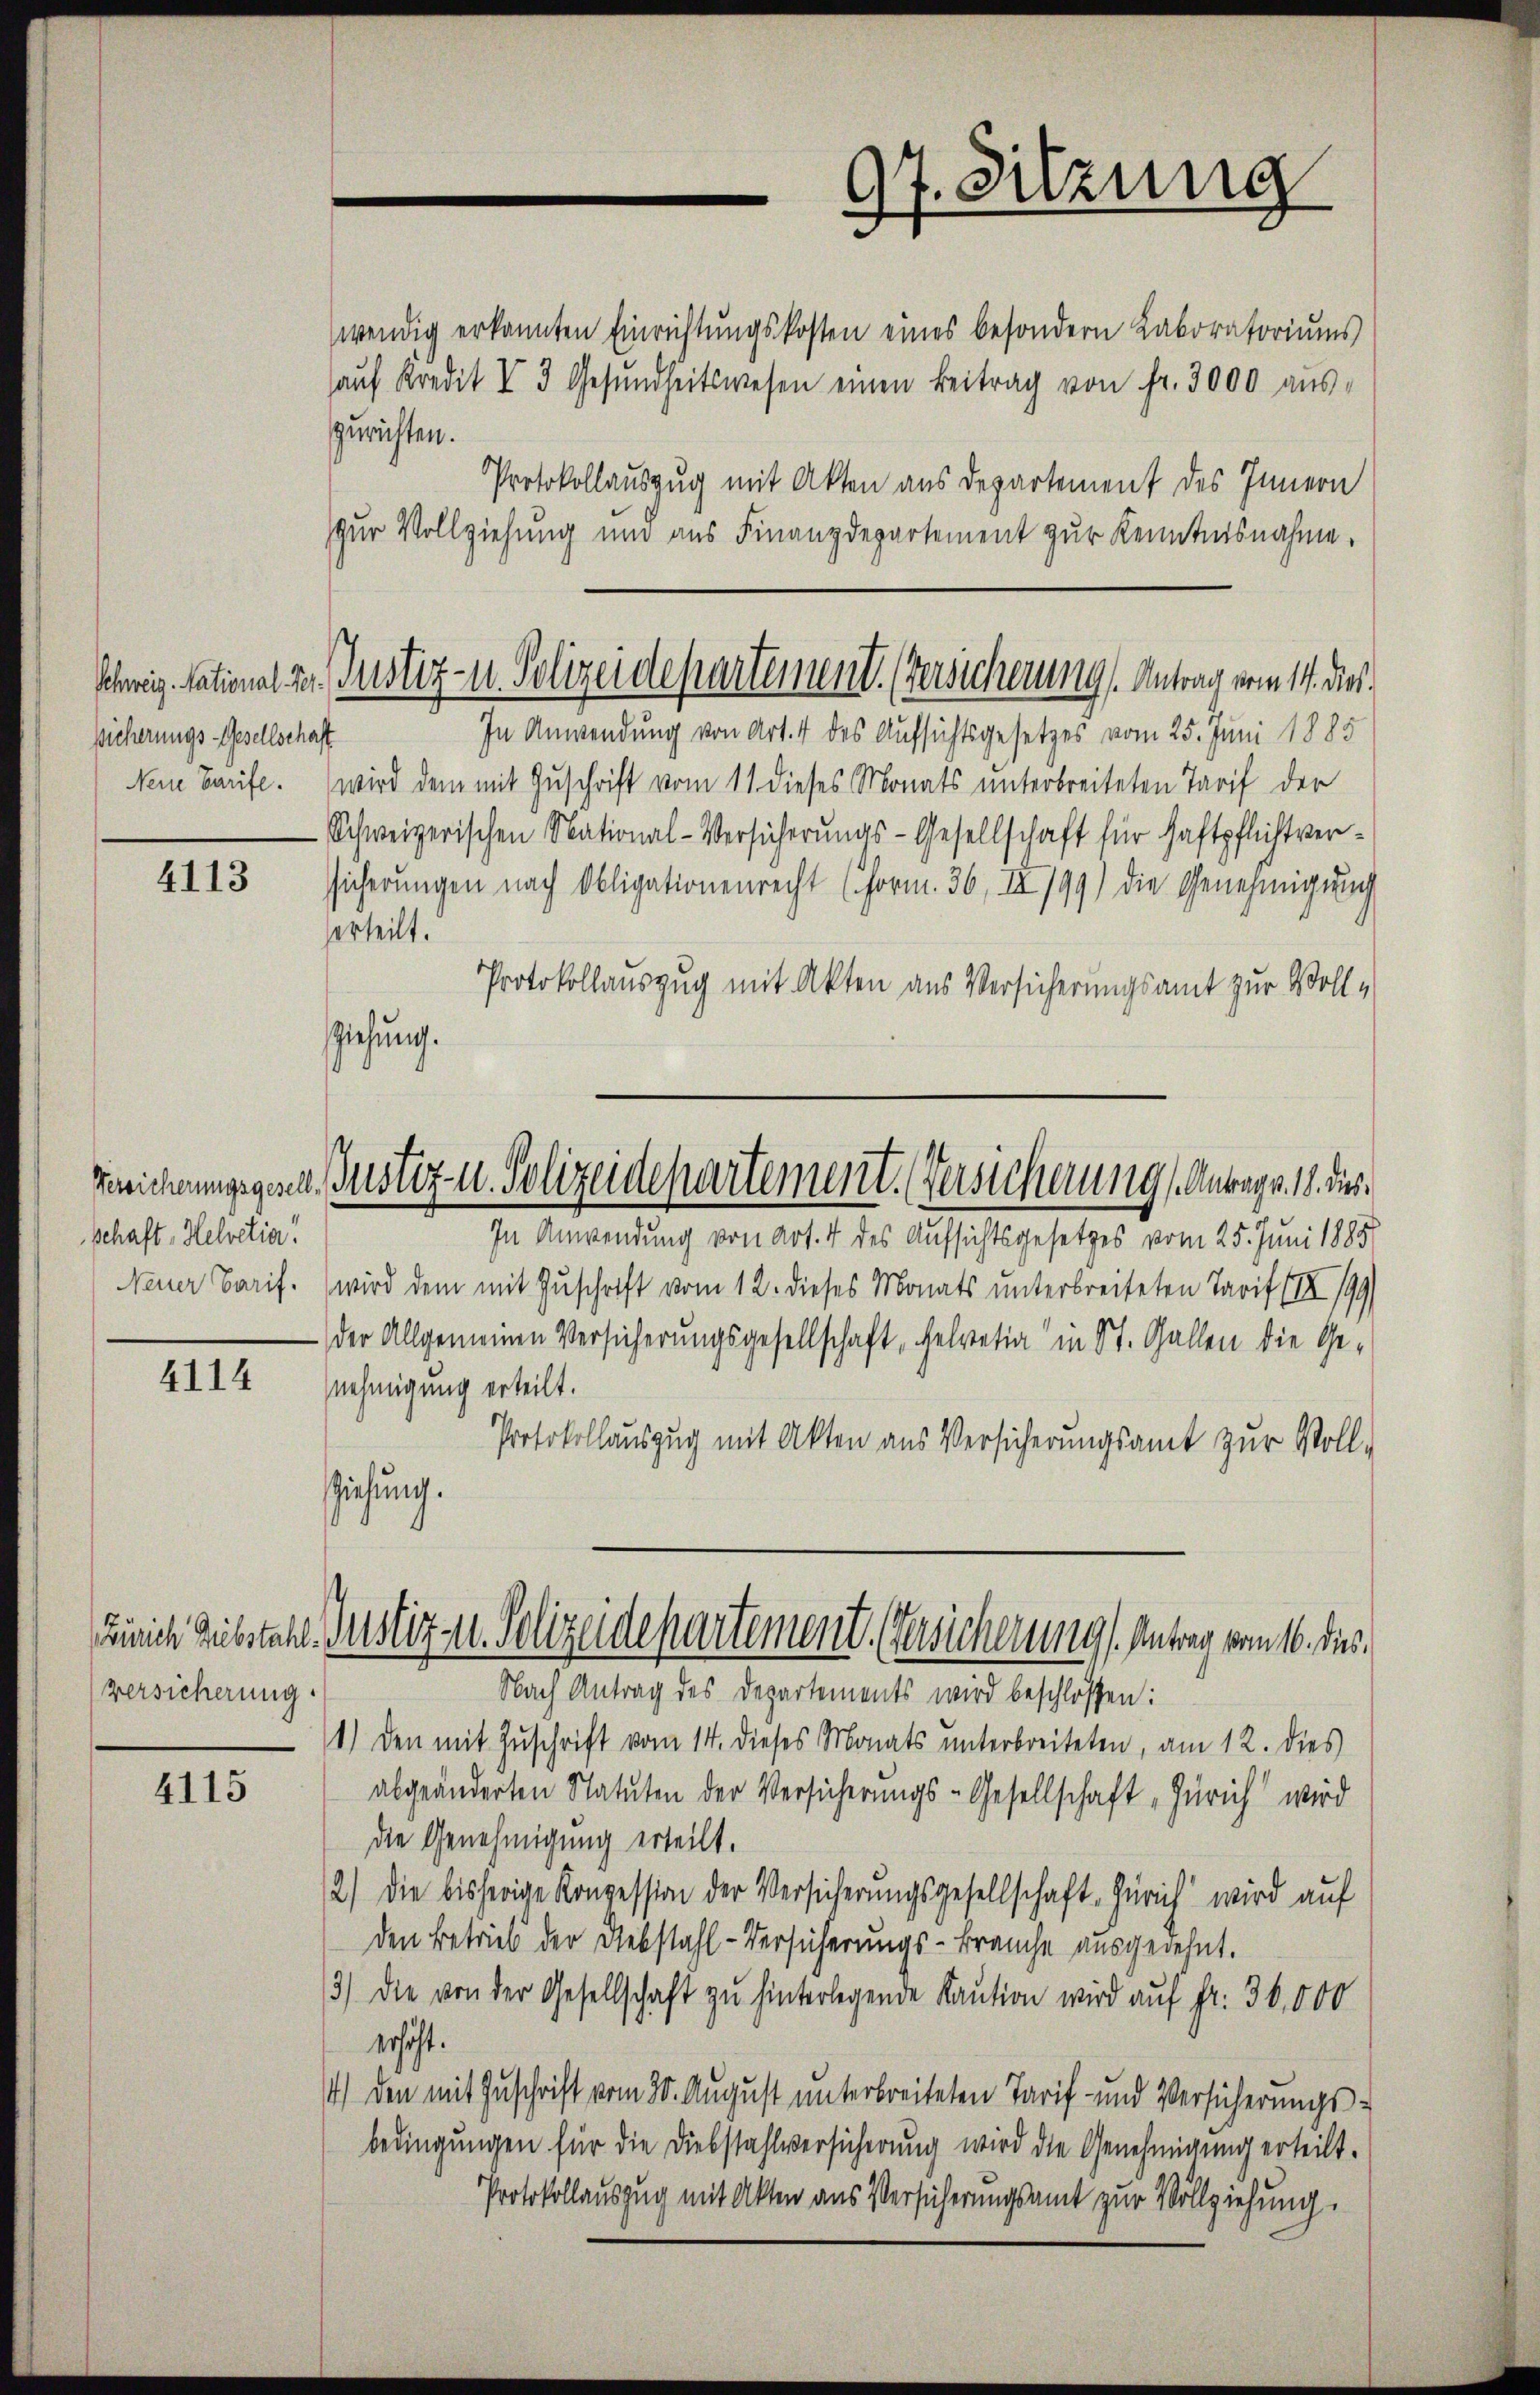
sicherungs-Gesellschaft

4113

schaft, Helvetia!

4114

Versicherung.

4115

97. Sitzung

wendig erkannten Einrichtungskosten eines besondern Laboratoriums
aŭf Kredit I 3 Gesŭndheitswesen einen Beitrag von fr. 3000 aŭs-
zurichten.
Protokollauszug mit Akten aus Departement des Innern
zur Vollziehung und aus Finanzdepartement zur Kenntnisnahme.
In Anwendung von Art. 4 des Aufsichtsgesetzes vom 25. Juni 1885
Nein Haufe. wird dem mit Zuschrift vom 11. dieses Monats unterbreiteten Tarif der
Schweizerischen National-Versicherungs-Gesellschaft für Haftpflichtversicherungen nach Obligationenrecht (Form. 36, II 199) die Genehmigung
erteilt.
Protokollauszug mit Akten aus Versicherungsamt zur Voll-
sziehung.
In Anwendung von Art. 4 des Aufsichtsgesetzes vom 25. Juni 1885
Neuer Tarif. wird dem mit Zuschrift vom 12. dieses Monats unterbreiteten Tarif (III 199,
 der Allgemeinen Versicherungsgesellschaft, Helvetia" in St. Gallen die Genehmigung erteilt.
Protokollauszug mit Akten aus Versicherŭngsamt zŭr Voll-
ichung.
Zürich Substahl. Gustiz u. Polizeidepartement. Gesicherung). Antrag vom 16. dies
Nach Antrag des Departements wird beschlossen:
1.) Den mit Zuschrift vom 14. dieses Monats unterbreiteten, am 12. dies
abgeänderten Statuten der Versicherungs-Gesellschaft „Zürich wird
die Genehmigung erteilt.
2.) Die bisherige Konzession der Versicherungsgesellschaft Zürich wird auf
den Betrieb der Diebstahl-Versicherungs-Brauche ausgedehnt.
3) die von der Gesellschaft zu hinterlegende Kaution wird auf fr. 30,000
erhöht.
) den mit Zuschrift vom 30. August unterbreiteten Tarif- und Versicherungs-
bedingungen für die Diebstahlversicherung wird die Genehmigung erteilt.
Protokollauszug mit Akten aus Versicherungsamt zur Vollziehung.

Schweiz. National St. Gustiz- u. Polizeidepartement. (Versicherung. Antrag vom 14. dies

Bereicherungsgesel, Gustiz- u. Polizeidepartement. (Versicherung Antrag v. 18. dies